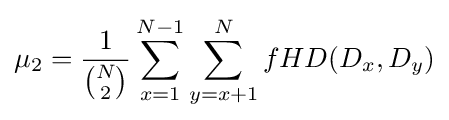
\mu _{2}={\frac {1}{\binom {N}{2}}}\sum _{x=1}^{N-1}\sum _{y=x+1}^{N}fHD(D_{x},D_{y})